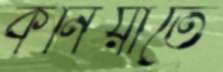
কর্নিয়াতে